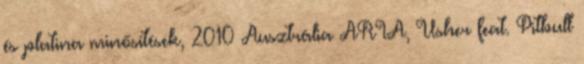
és platina minősítések, 2010 Ausztrália ARIA, Usher feat. Pitbull